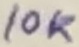
Text: 10K